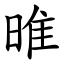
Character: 㫿